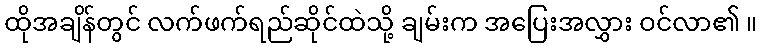
ထိုအချိန်တွင် လက်ဖက်ရည်ဆိုင်ထဲသို့ ချမ်းက အပြေးအလွှား ဝင်လာ၏ ။